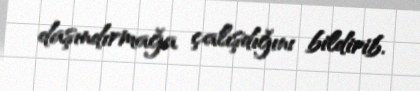
daşındırmağa çalışdığını bildirib.